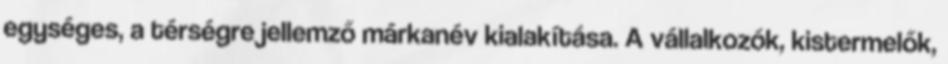
egységes, a térségre jellemző márkanév kialakítása. A vállalkozók, kistermelők,